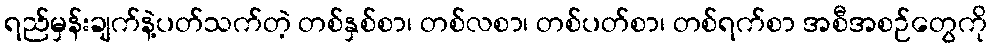
ရည်မှန်းချက်နဲ့ပတ်သက်တဲ့ တစ်နှစ်စာ၊ တစ်လစာ၊ တစ်ပတ်စာ၊ တစ်ရက်စာ အစီအစဉ်တွေကို